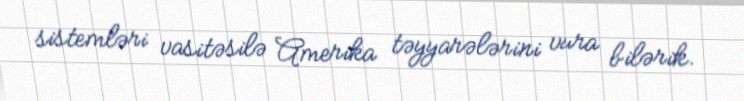
sistemləri vasitəsilə Amerika təyyarələrini vura bilərik.